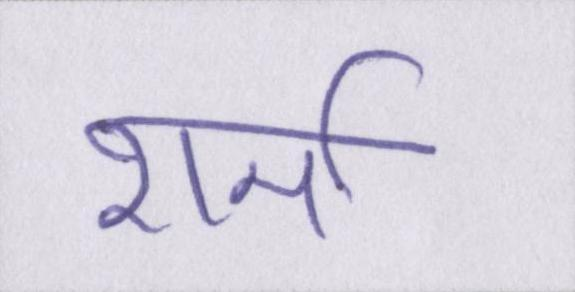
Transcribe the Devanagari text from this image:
शर्मा